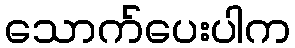
သောက်ပေးပါက